Annual report on the Civil Veterinary Department, Burma (including the Insein Veterinary School) - 1923-1931
Year: 1923
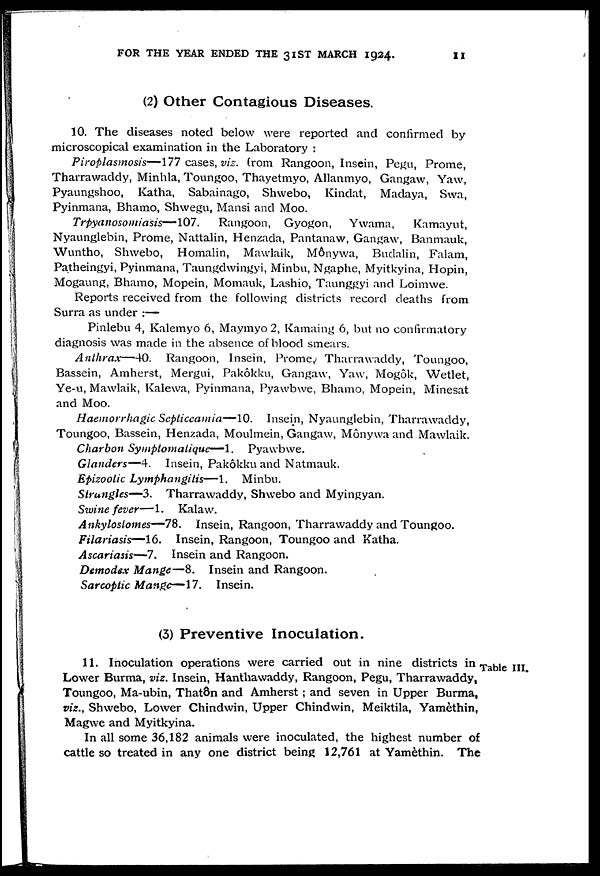
FOR THE YEAR ENDED THE 31ST MARCH 1924.
11
(2) Other Contagious Diseases.
10. The diseases noted below were reported and confirmed by
microscopical examination in the Laboratory :
Piroplasmosis—177 cases, vis. from Rangoon, Insein, Pegu, Prome,
Tharrawaddy, Minhla, Toungoo, Thayetmyo, Allanmyo, Gangaw, Yaw,
Pyaungshoo, Katha, Sabainago, Shwebo, Kinclat, Madaya, Swa,
Pyinmana, Bhamo, Shwegu, Mansi and Moo.
Trpyanosomiasis—107.
Rangoon, Gyogon, Ywama,
Kamayut,
Nyaunglebin, Prome, Nattalin, Henzada, Pantanaw, Gangaw, Banmauk,
Wuntho, Shwebo, Homalin, Mawlaik, Mônywa, Budalin, Falam,
Patheingyi, Pyinmana, Taungdwingyi, Minbu, Ngaphe, Myitkyina, Hopin,
Mogaung, Bhamo, Mopein, Momauk, Lashio, Taunggyi and Loimwe.
Reports received from the following districts record deaths from
Surra as under :—
Pinlebu 4, Kalemyo 6, Maymyo 2, Kamaing 6, but no confirmatory
diagnosis was made in the absence of blood smears.
Anthrax—40.
Rangoon, Insein, Prome, Tharrawaddy, Toungoo,
Bassein, Amherst, Mergui, Pakôkku, Gangaw, Yaw, Mogôk, Wetlet,
Ye-u, Mawlaik, Kalewa, Pyinmana, Pyawbwe, Bhamo, Mopein, Minesat
and Moo.
Haemorrhagic Septiceamia—10. Insein, Nyaunglebin, Tharrawaddy,
Toungoo, Bassein, Henzada, Moulmein, Gangaw, Mônywa and Mawlaik.
Charbon Symptomatiue—1.
Pyawbwe.
Glanders—4. Insein, Pakôkku and Natmauk.
Epizootic Lymphangitis—1.
Minbu.
Strangles—3. Tharrawaddy, Shwebo and Myingyan.
Swine fever—1.
Kalaw.
Ankylostomes—78. Insein, Rangoon, Tharrawaddy and Toungoo.
Filariasis—16. Insein, Rangoon, Toungoo and Katha.
Ascariasis—7. Insein and Rangoon.
Demodex Mange—8. Insein and Rangoon.
Sarcoptic Mange—17. Insein.
(3) Preventive Inoculation.
Table III.
11. Inoculation operations were carried out in nine districts in
Lower Burma, viz. Insein, Hanthawaddy, Rangoon, Pegu, Tharrawaddy,
Toungoo, Ma-ubin, That8n and Amherst ; and seven in Upper Burma,
viz., Shwebo, Lower Chindwin, Upper Chindwin, Meiktila, Yamethin,
Magwe and Myitkyina.
In all some 36,182 animals were inoculated, the highest number of
cattle so treated in any one district being 12,761 at Yamethin. The